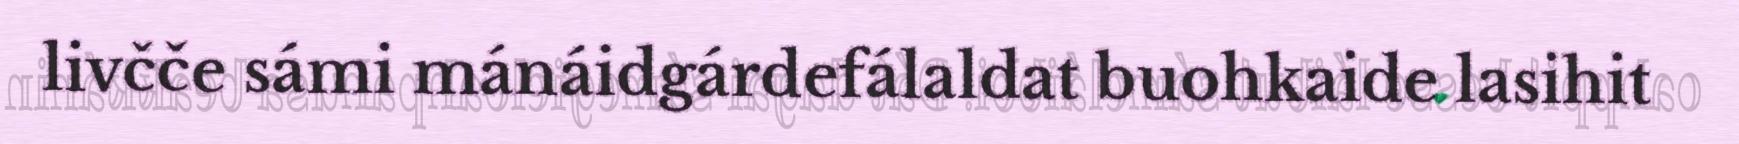
livčče sámi mánáidgárdefálaldat buohkaide lasihit